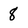
Character: 8